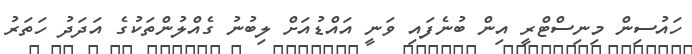
ހައުސިން މިނިސްޓްރީ އިން ބުނެފައި ވަނީ އައްޑުއަށް ލިބުނު ގެއްލުންތަކުގެ އަދަދު ހަތަރު